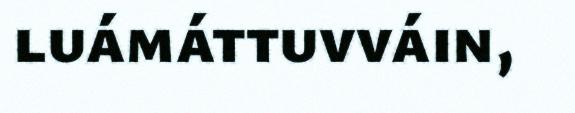
luámáttuvváin,